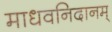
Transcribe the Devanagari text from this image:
माधवनिदानम्